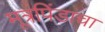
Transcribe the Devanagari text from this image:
मूत्रपिंडाचा